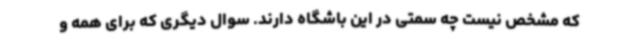
که مشخص نیست چه سمتی در این باشگاه دارند. سوال دیگری که برای همه و